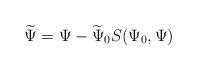
LaTeX: \begin{align*}\widetilde{\Psi} = \Psi - \widetilde{\Psi}_0 S(\Psi_0,\Psi)\end{align*}